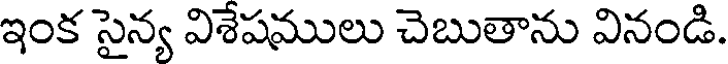
ఇంక సైన్య విశేషములు చెబుతాను వినండి.